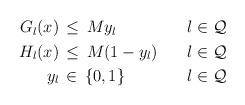
LaTeX: \begin{align*}\begin{aligned}G_l(x)&\,\leq\, My_l&\quad&l\in\mathcal Q&\\H_l(x)&\,\leq\,M(1-y_l)&&l\in\mathcal Q&\\y_l&\,\in\,\{0,1\}&&l\in\mathcal Q&\end{aligned}\end{align*}